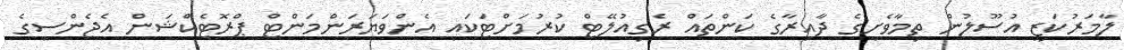
ލާމަރުކަޒީ އުސޫލުން ތިމާވެށީގެ ދާއިރާގެ ކަންތައް ރެގިއުލޭޓް ކުރުމަށްޓަކައި އެންވަޔަރަންމަންޓް ޕްރޮޓެކްޝަން އެޖެންސީގެ